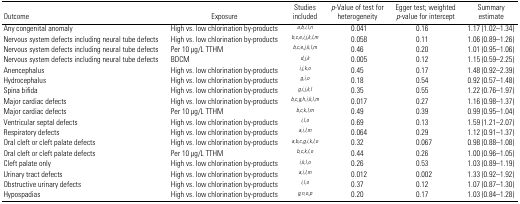
<table><thead><tr><td><b>Outcome</b></td><td><b>Exposure</b></td><td><b>Studies included</b></td><td><b><i>p</i>-Value of test for heterogeneity</b></td><td><b>Egger test; weighted <i>p</i>-value for intercept</b></td><td><b>Summary estimate</b></td></tr></thead><tbody><tr><td>Any congenital anomaly</td><td>High vs. low chlorination by-products</td><td>a,b,i,l,n</td><td>0.041</td><td>0.16</td><td>1.17 (1.02–1.34)</td></tr><tr><td>Nervous system defects including neural tube defects</td><td>High vs. low chlorination by-products</td><td>b,c,e,i,j,k,l,m</td><td>0.058</td><td>0.11</td><td>1.06 (0.89–1.26)</td></tr><tr><td>Nervous system defects including neural tube defects</td><td>Per 10 μg/L TTHM</td><td>b,c,e,j,k,l,m</td><td>0.46</td><td>0.20</td><td>1.01 (0.95–1.06)</td></tr><tr><td>Nervous system defects including neural tube defects</td><td>BDCM</td><td>d,j,k</td><td>0.005</td><td>0.12</td><td>1.15 (0.59–2.25)</td></tr><tr><td>Anencephalus</td><td>High vs. low chlorination by-products</td><td>i,j,k,o</td><td>0.45</td><td>0.17</td><td>1.48 (0.92–2.39)</td></tr><tr><td>Hydrocephalus</td><td>High vs. low chlorination by-products</td><td>g,i,o</td><td>0.18</td><td>0.54</td><td>0.92 (0.57–1.48)</td></tr><tr><td>Spina bifida</td><td>High vs. low chlorination by-products</td><td>g,i,j,k,l</td><td>0.35</td><td>0.55</td><td>1.22 (0.76–1.97)</td></tr><tr><td>Major cardiac defects</td><td>High vs. low chlorination by-products</td><td>b,c,g,h,i,k,l,m</td><td>0.017</td><td>0.27</td><td>1.16 (0.98–1.37)</td></tr><tr><td>Major cardiac defects</td><td>Per 10 μg/L TTHM</td><td>b,c,k,l,m</td><td>0.49</td><td>0.39</td><td>0.99 (0.95–1.04)</td></tr><tr><td>Ventricular septal defects</td><td>High vs. low chlorination by-products</td><td>i,l,o</td><td>0.69</td><td>0.13</td><td>1.59 (1.21–2.07)</td></tr><tr><td>Respiratory defects</td><td>High vs. low chlorination by-products</td><td>a,i,l,m</td><td>0.064</td><td>0.29</td><td>1.12 (0.91–1.37)</td></tr><tr><td>Oral cleft or cleft palate defects</td><td>High vs. low chlorination by-products</td><td>a,b,c,g,i,k,l,o</td><td>0.32</td><td>0.067</td><td>0.98 (0.88–1.08)</td></tr><tr><td>Oral cleft or cleft palate defects</td><td>Per 10 μg/L TTHM</td><td>b,c,k,l,o</td><td>0.44</td><td>0.26</td><td>1.00 (0.96–1.05)</td></tr><tr><td>Cleft palate only</td><td>High vs. low chlorination by-products</td><td>i,k,l,o</td><td>0.26</td><td>0.53</td><td>1.03 (0.89–1.19)</td></tr><tr><td>Urinary tract defects</td><td>High vs. low chlorination by-products</td><td>a,i,l,m</td><td>0.012</td><td>0.002</td><td>1.33 (0.92–1.92)</td></tr><tr><td>Obstructive urinary defects</td><td>High vs. low chlorination by-products</td><td>i,l,o</td><td>0.37</td><td>0.12</td><td>1.07 (0.87–1.30)</td></tr><tr><td>Hypospadias</td><td>High vs. low chlorination by-products</td><td>g,n,o,p</td><td>0.20</td><td>0.17</td><td>1.03 (0.84–1.28)</td></tr></tbody></table>